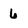
Character: 6